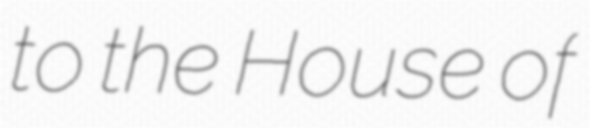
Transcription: to the House of